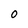
Character: 0